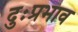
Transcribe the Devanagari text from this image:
दुःप्रभाव